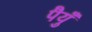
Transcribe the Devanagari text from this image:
पैयुँ